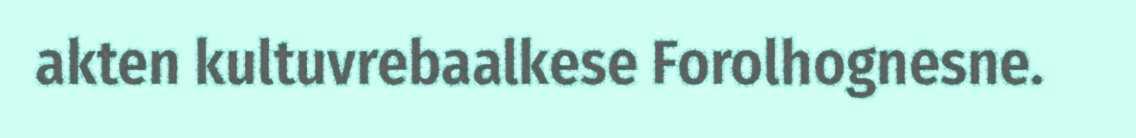
akten kultuvrebaalkese Forolhognesne.